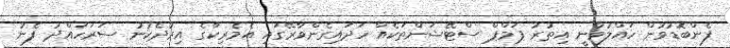
ފެންބޮޑުވުން ހައްލުވާނީ އިތުރު ޕަމްޕް ސްޓޭޝަންތަކެއް ހަދައިގެންވާރޭގައި އެމެރިކާގެ އިރުދެކުނު ސަރަހައްދު ފެނު